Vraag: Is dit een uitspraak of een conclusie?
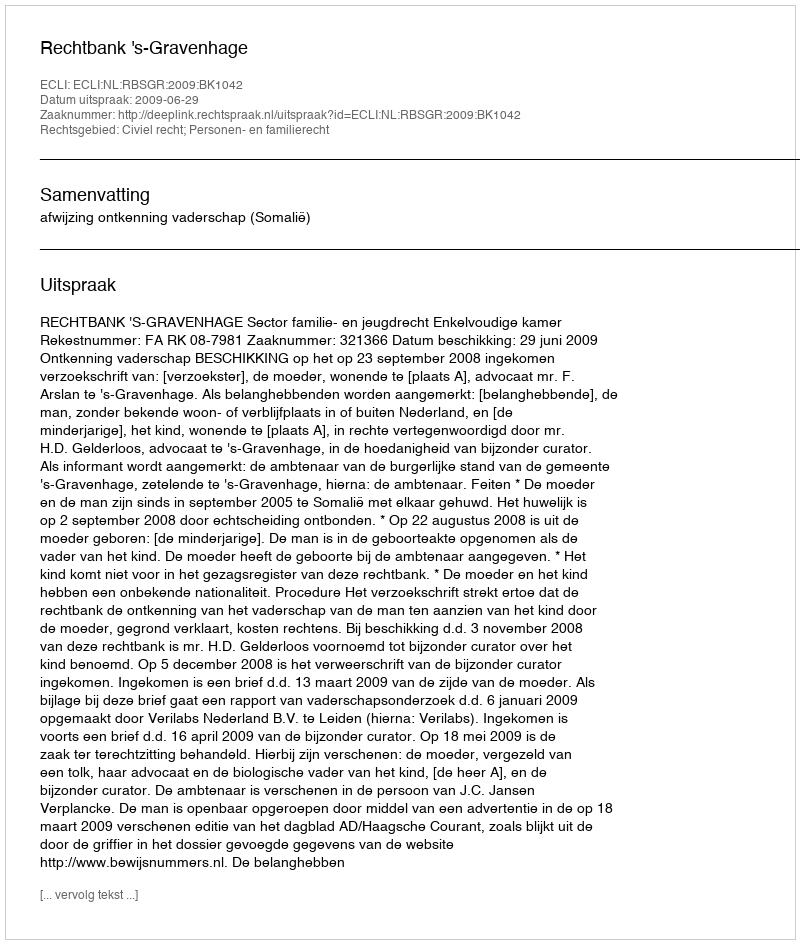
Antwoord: Uitspraak